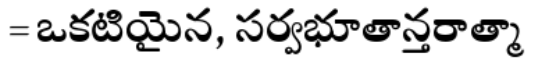
= ఒకటియైన, సర్వభూతాన్తరాత్మా